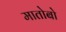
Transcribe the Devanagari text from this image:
मातोबो